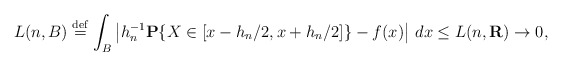
\begin{align*}L(n,B)\stackrel{\rm def}{=}\int_{B}\left| h_{n}^{-1}{\bf P}\{X\in[x-h_{n}/2,x+h_{n}/2]\}-f(x)\right| \,dx\leq L(n,{\bf R})\rightarrow 0,\end{align*}